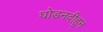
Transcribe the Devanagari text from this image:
घोडनदीहून